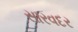
સારવદર